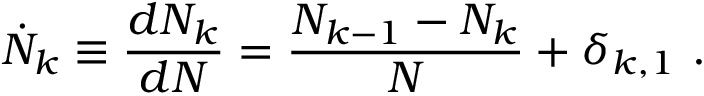
\dot { N } _ { k } \equiv \frac { d N _ { k } } { d N } = \frac { N _ { k - 1 } - N _ { k } } { N } + \delta _ { k , 1 } ~ .